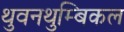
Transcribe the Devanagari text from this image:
थुवनथुम्बिकल